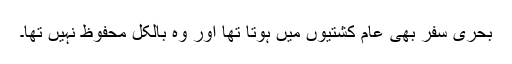
بحری سفر بھی عام کشتیوں میں ہوتا تھا اور وہ بالکل محفوظ نہیں تھا۔